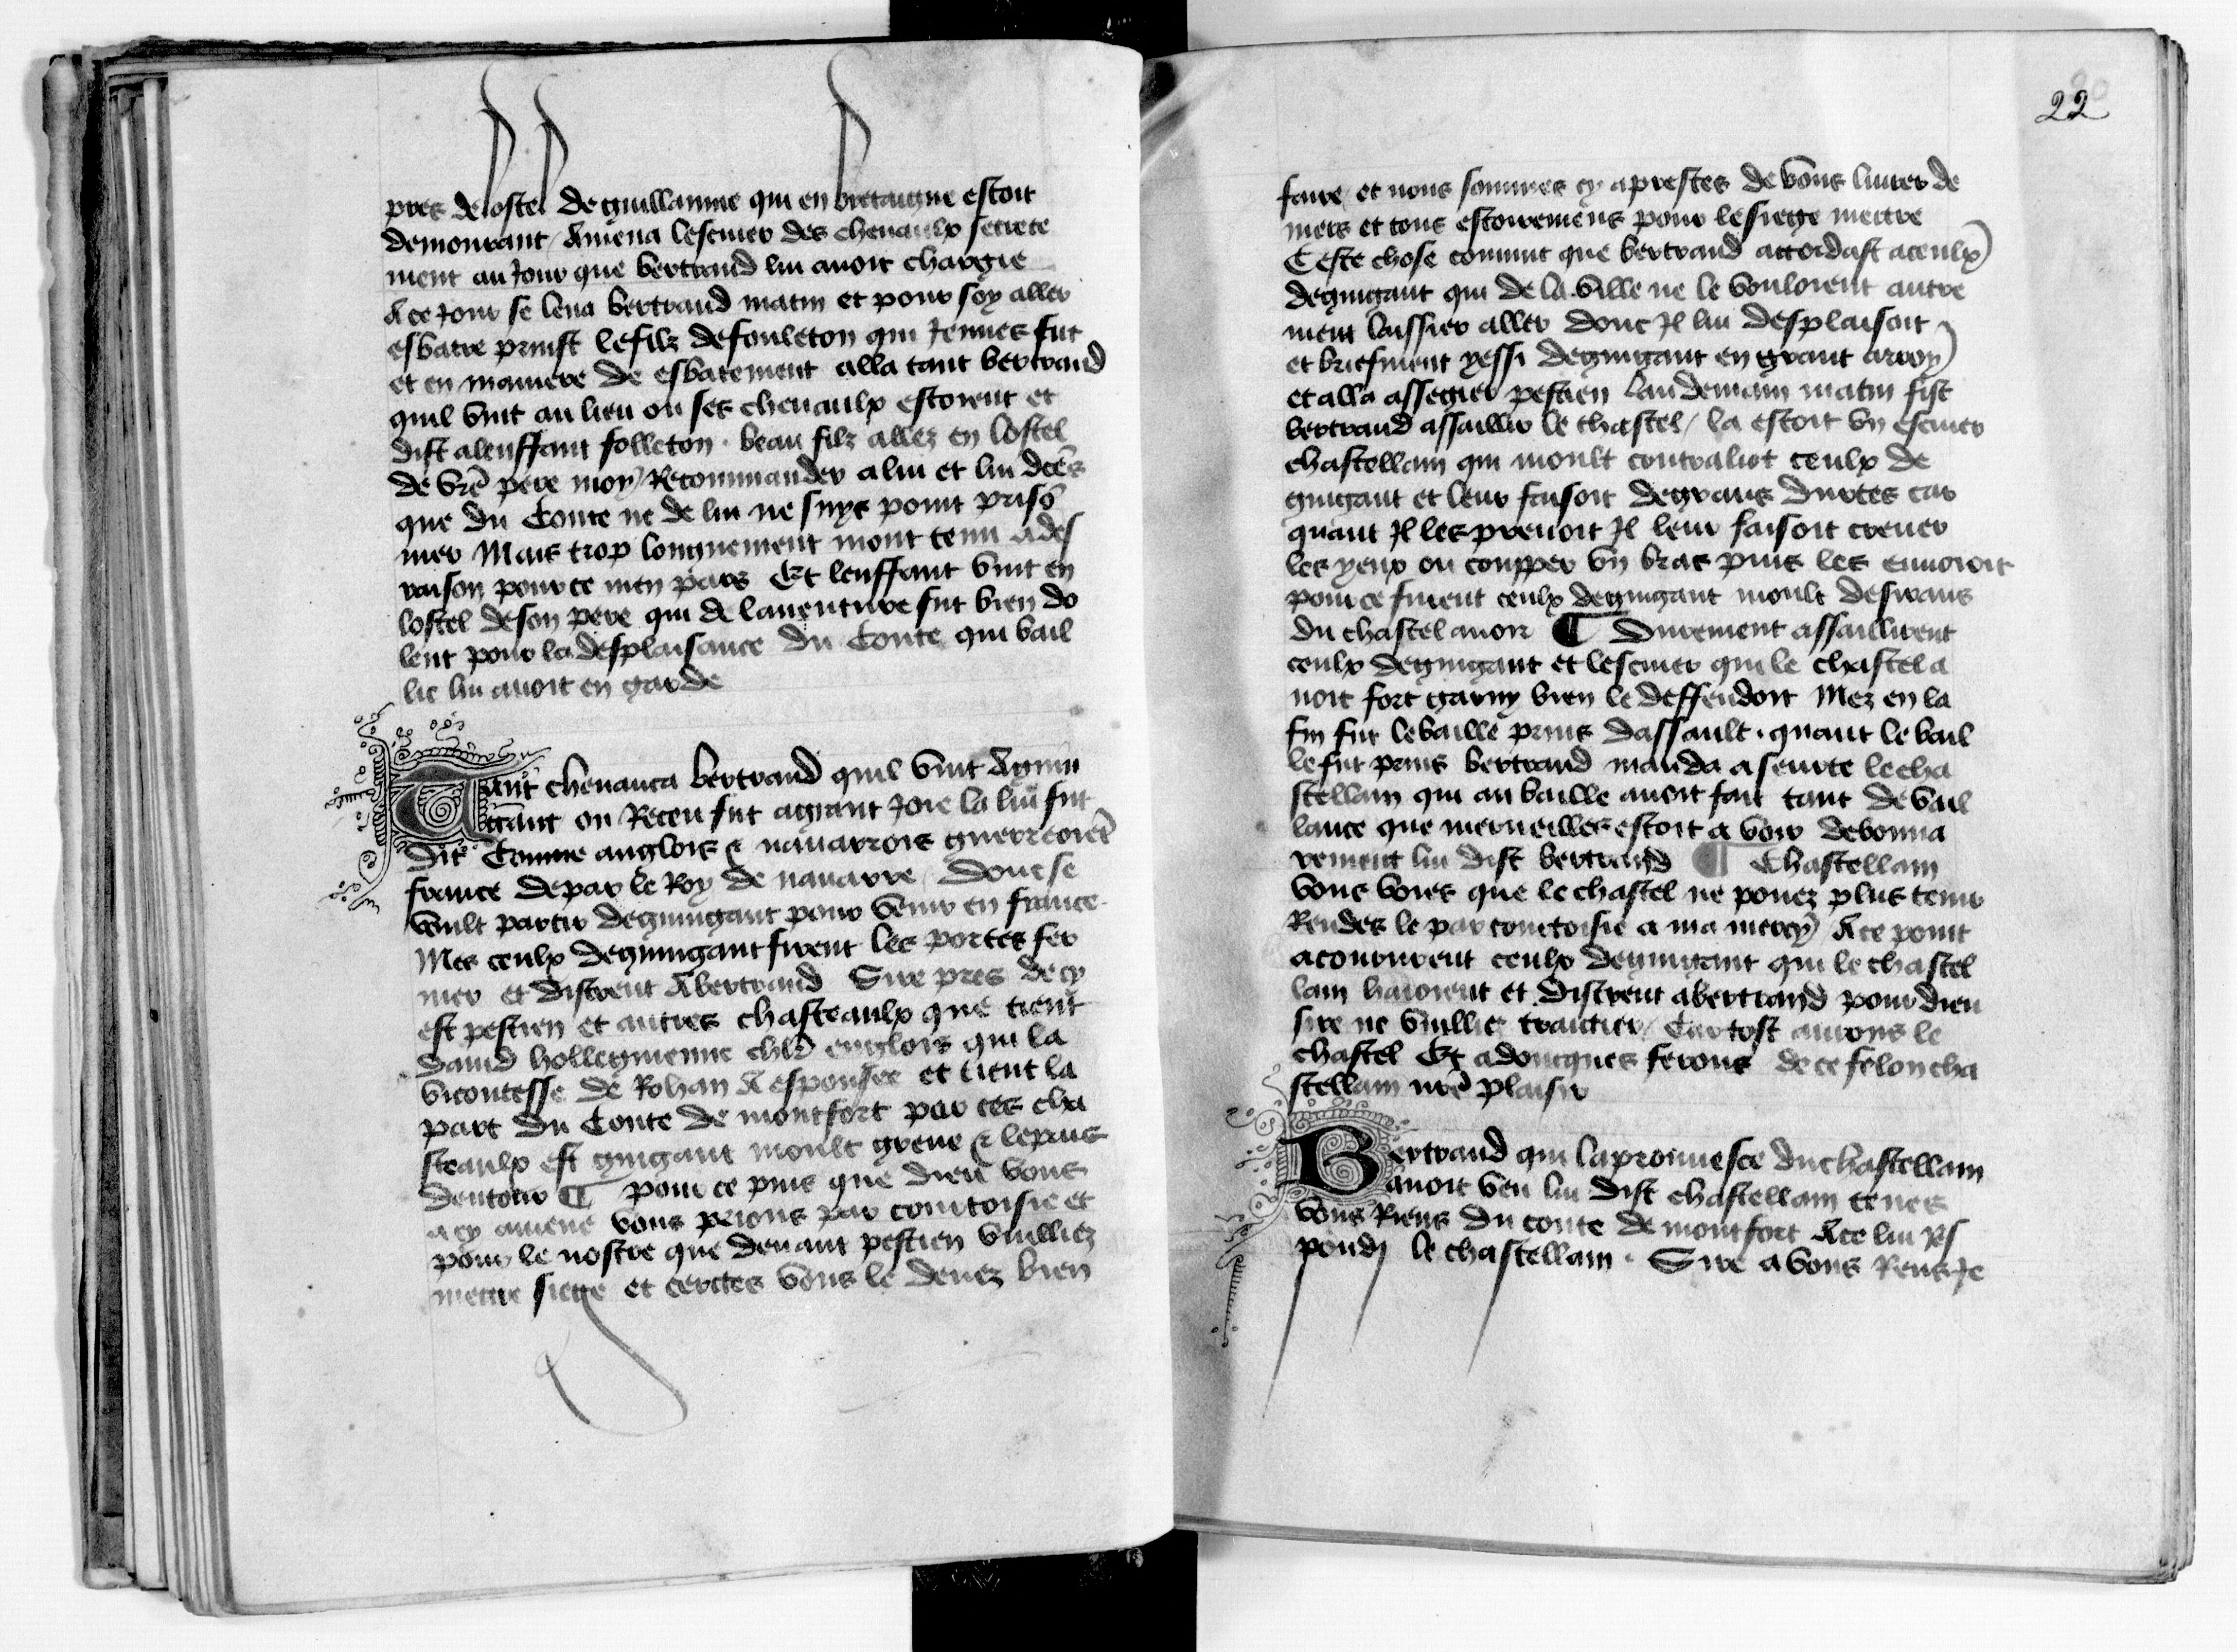
Shelfmark: Paris, BnF, fr. 1984
Century: 15